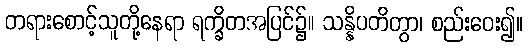
တရားစောင့်သူတို့နေရာ ရက္ခိတအပြင်၌။ သန္နိပတိတွာ၊ စည်းဝေး၍။